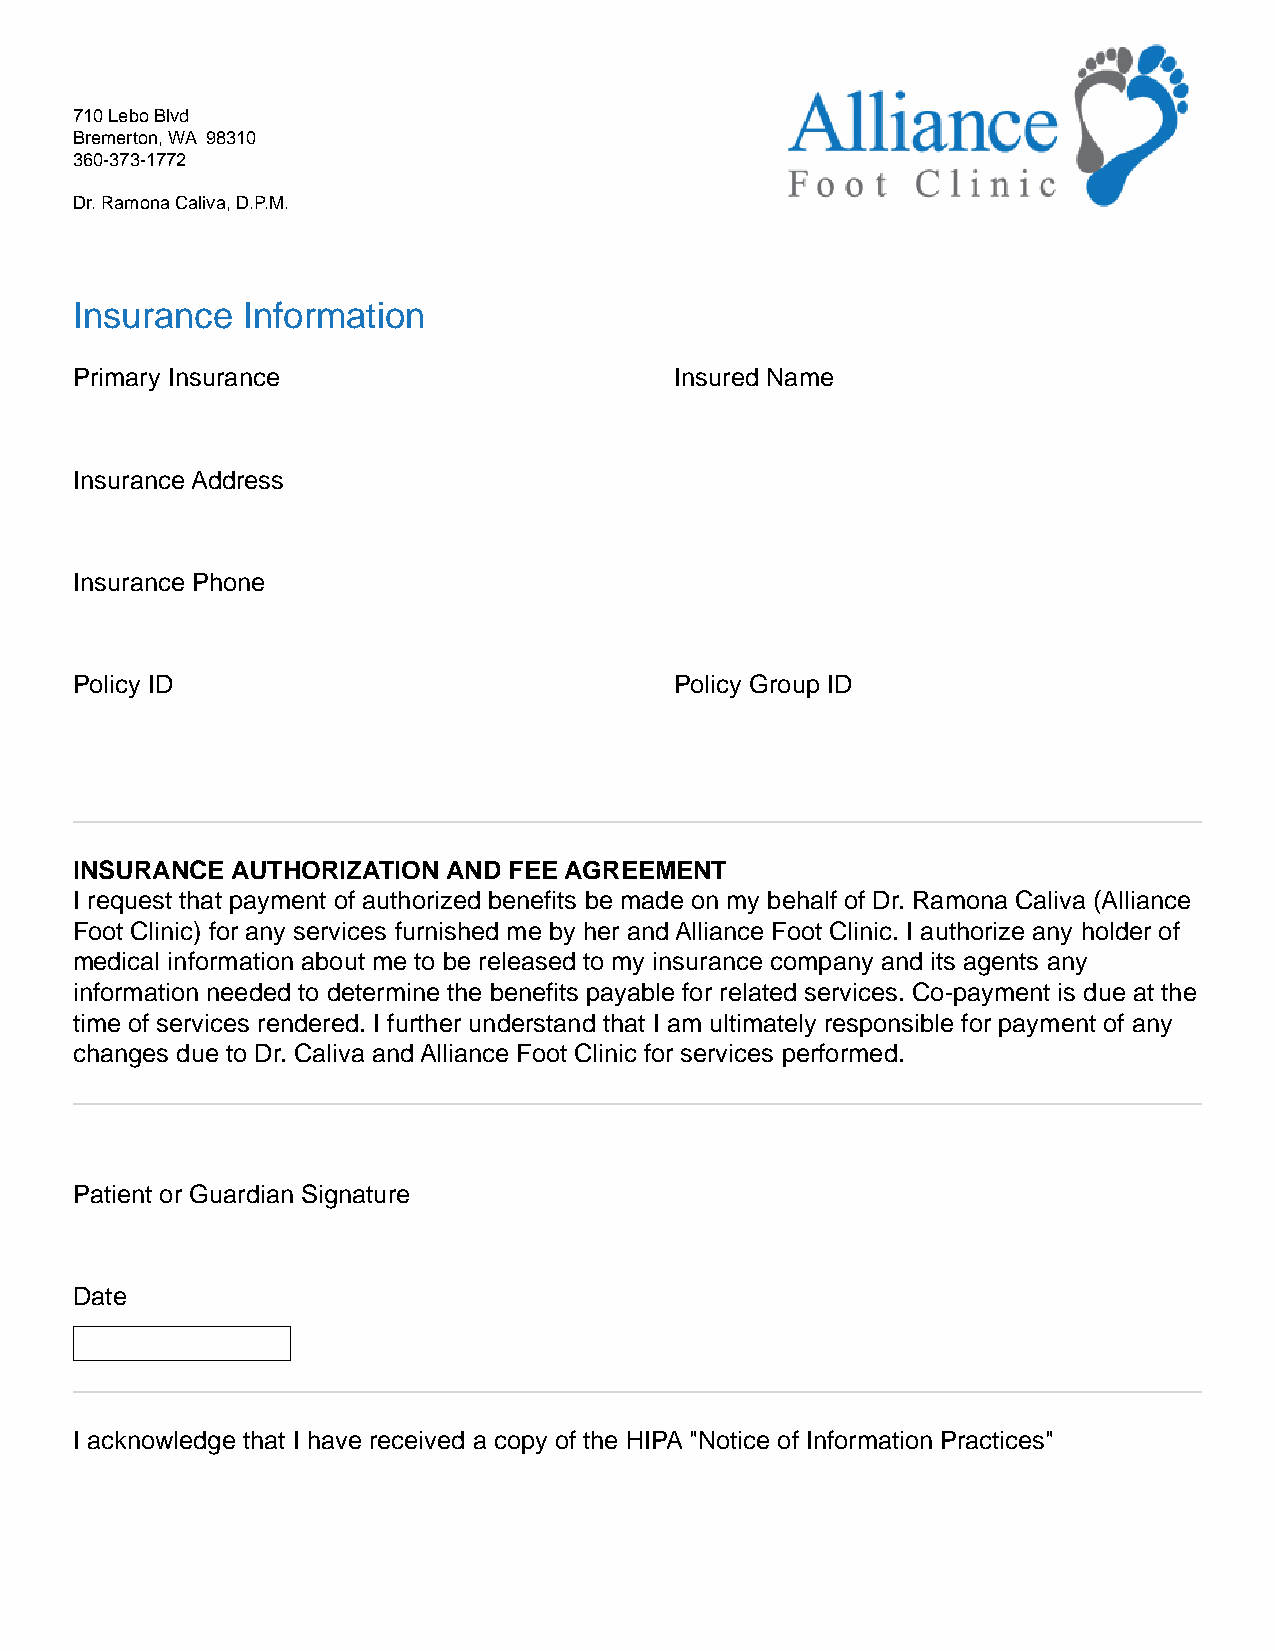
710 Lebo Blvd
 Bremerton, WA 98310
 360-373-1772
 Dr. Ramona Caliva, D.P.M.
 Insurance  Information
 Primary Insurance                       Insured Name
 Insurance Address
 Insurance Phone
 Policy ID                               Policy Group ID
 INSURANCE AUTHORIZATION  AND FEE AGREEMENT
 I request that payment of authorized benefits be made on my behalf of Dr. Ramona Caliva (Alliance
 Foot Clinic) for any services furnished me by her and Alliance Foot Clinic. I authorize any holder of
 medical information about me to be released to my insurance company and its agents any
 information needed to determine the benefits payable for related services. Co-payment is due at the
 time of services rendered. I further understand that I am ultimately responsible for payment of any
 changes due to Dr. Caliva and Alliance Foot Clinic for services performed.
 Patient or Guardian Signature
 Date
 I acknowledge that I have received a copy of the HIPA "Notice of Information Practices"